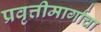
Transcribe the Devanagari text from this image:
प्रवृत्तीमार्गाचा